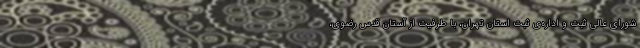
شورای عالی ثبت و اداره‌ی ثبت استان تهران، با طرفیت از آستان قدس رضوی،